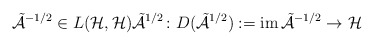
\begin{align*}\tilde{\mathcal{A}}^{-1/2} \in L(\mathcal{H}, \mathcal{H}) \tilde{\mathcal{A}}^{1/2} \colon D(\tilde{\mathcal{A}}^{1/2}) := \mathrm{im} \, \tilde{\mathcal{A}}^{-1/2} \to \mathcal{H} \end{align*}